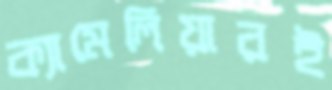
ক্যামেলিয়ারই